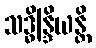
သဒ္ဓိန္ဒြိယန္တိ